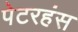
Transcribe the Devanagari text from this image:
पेटरहंस